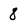
Character: 8